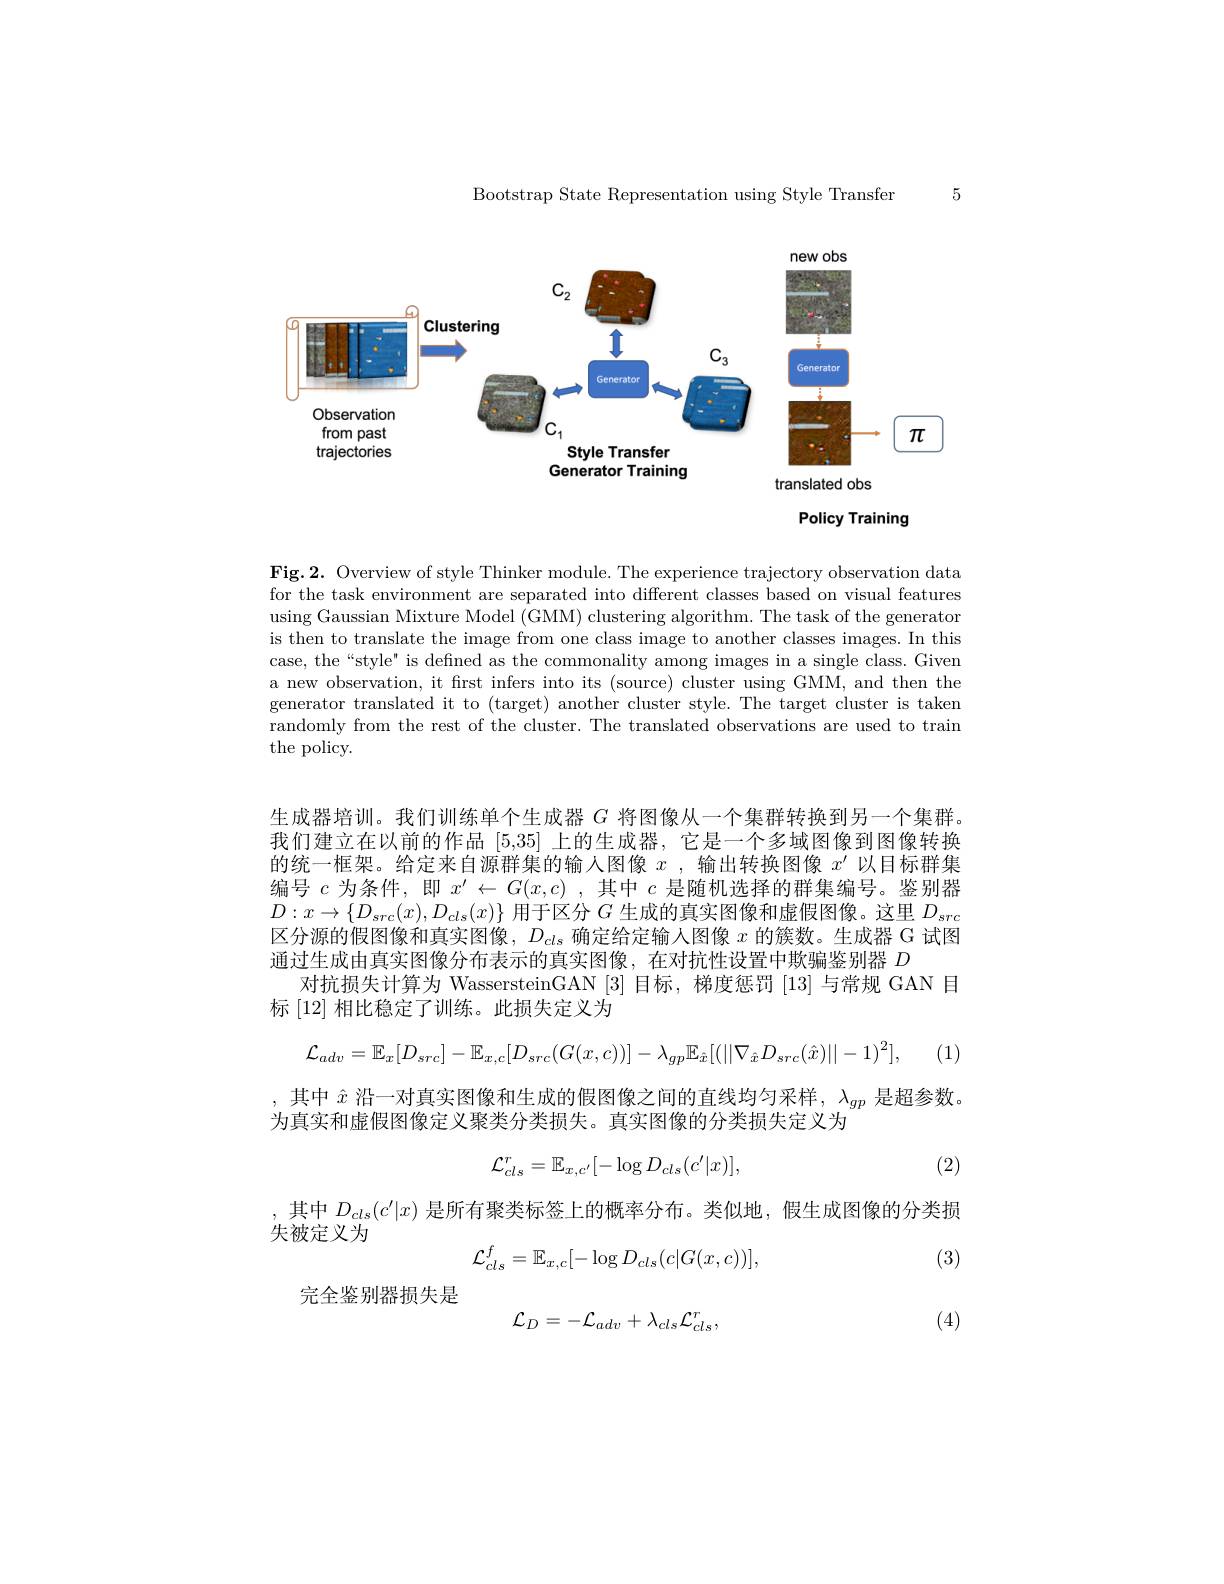
Bootstrap State Representation using Style Transfer

5

<FigureHere>

translated obs

### Policy Training

Fig.2. Overview of style Thinker module. The experience trajectory observation data for the task environment are separated into different classes based on visual features using Gaussian Mixture Model (GMM) clustering algorithm. The task of the generator is then to translate the image from one class image to another classes images. In this case, the“style” is defined as the commonality among images in a single class. Given a new observation, it frst infers into its (source) cluster using GMM, and then the generator translated it to (target) another cluster style. The target cluster is taken randomly from the rest of the cluster. The translated observations are used to train the policy.

生成器培训。我们训练单个生成器$G$将图像从一个集群转换到另一个集群我们建立在以前的作品[5,35]上的生成器，它是一个多域图像到图像转换的统一框架。给定来自源群集的输入图像$x$ ,输出转换图像$x^\prime$以目标群集编号$c$为条件，即$x^\prime\leftarrow G(x,c)$ ,其中$c$是随机选择的群集编号。鉴别器$D:x\to\{D_{src}(x),D_{cls}(x)\}$用于区分$G$生成的真实图像和虚假图像。这里$D_{src}$ 区分源的假图像和真实图像，$D_{cls}$确定给定输人图像$x$的簇数。生成器 G 试图通过生成由真实图像分布表示的真实图像，在对抗性设置中欺骗鉴别器$D$
对抗损失计算为 WassersteinGAN [3]目标，梯度惩罚[13]与常规 GAN 目
标[12]相比稳定了训练。此损失定义为
$$\mathcal{L}_{adv}=\mathbb{E}_{x}[D_{src}]-\mathbb{E}_{x,c}[D_{src}(G(x,c))]-\lambda_{gp}\mathbb{E}_{\hat{x}}[(||\nabla_{\hat{x}}D_{src}(\hat{x})||-1)^{2}],$$
(1)

,其中$\hat{x}$沿一对真实图像和生成的假图像之间的直线均匀采样，$\lambda_{gp}$是超参数。
为真实和虚假图像定义聚类分类损失。真实图像的分类损失定义为
$$\mathcal{L}_{cls}^{r}=\mathbb{E}_{x,c'}[-\log D_{cls}(c'|x)],$$
(2)

,其中$D_{cls}(c^{\prime}|x)$是所有聚类标签上的概率分布。类似地，假生成图像的分类损
失被定义为
$$\mathcal{L}_{cls}^f=\mathbb{E}_{x,c}[-\log D_{cls}(c|G(x,c))],$$
(3)

完全鉴别器损失是

(4)
$$\mathcal{L}_{D}=-\mathcal{L}_{adv}+\lambda_{cls}\mathcal{L}_{cls}^{r},$$